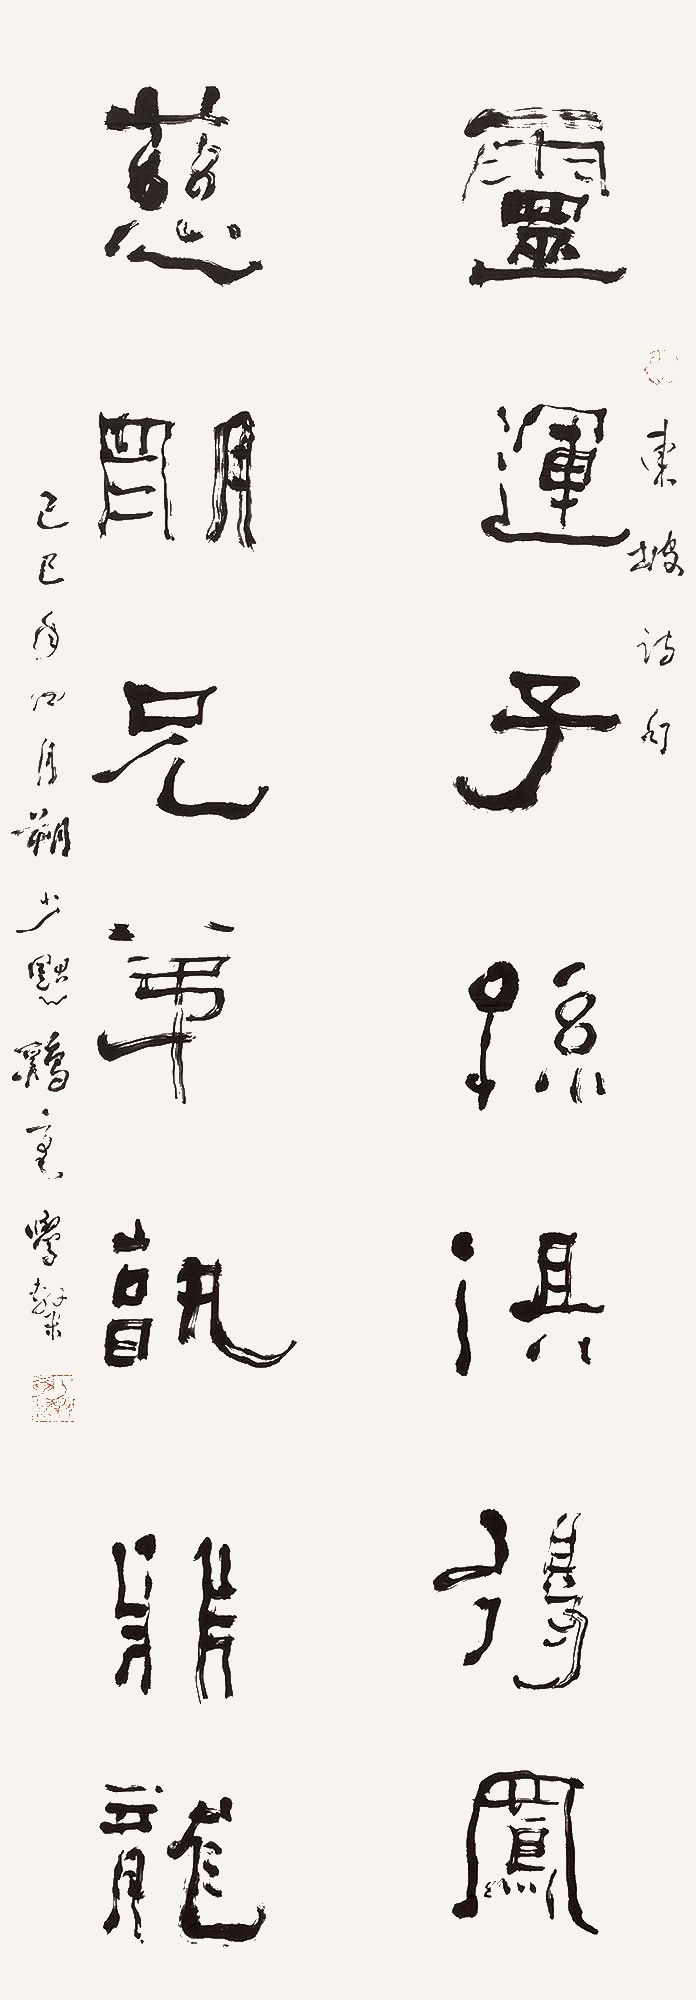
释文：灵运子孙俱得凤,慈明兄弟孰非龙。东坡诗句。己巳年四月朔，少默鸡毫学隶。